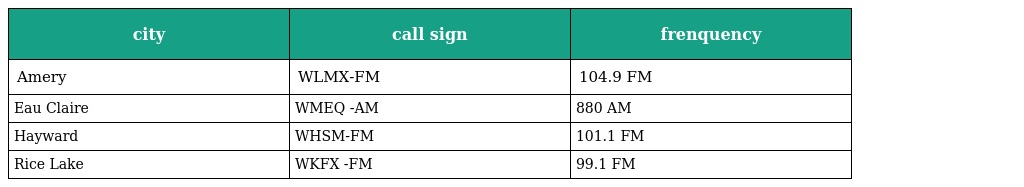
| city | call sign | frenquency |
 | --- | --- | --- |
 | Amery | WLMX-FM | 104.9 FM |
 | Eau Claire | WMEQ -AM | 880 AM |
 | Hayward | WHSM-FM | 101.1 FM |
 | Rice Lake | WKFX -FM | 99.1 FM |